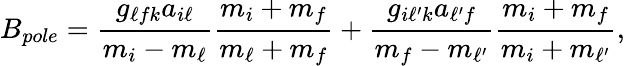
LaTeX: B_{pole}={\frac{g_{\ell fk}a_{i\ell}}{m_{i}-m_{\ell}}}{\frac{m_{i}+m_{f}}{m_{\ell}+m_{f}}}+{\frac{g_{i\ell^{\prime}k}a_{\ell^{\prime}f}}{m_{f}-m_{\ell^{\prime}}}}{\frac{m_{i}+m_{f}}{m_{i}+m_{\ell^{\prime}}}},